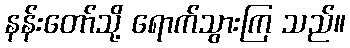
နန်းတော်သို့ ရောက်သွားကြ သည်။